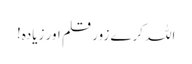
اللہ کرے زورِ قلم اور زیادہ!